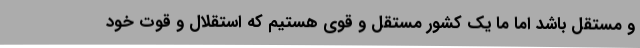
و مستقل باشد اما ما یک کشور مستقل و قوی هستیم که استقلال و قوت خود